system: You are a helpful assistant.
user:
Analyze the provided spectrum to determine if it is a **"Cataclysmic Variables (CV)"**.

- **Key Indicators for CV (Check for either state):**
    - **State 1: Quiescent / Low-State (Emission-Dominated)**
        - **(Primary):** Strong and *very broad* Hydrogen Balmer emission lines (e.g., $H\alpha$ at 6563 Å, $H\beta$ at 4861 Å). The 'broadness' (high velocity dispersion, often FWHM > 1000 km/s) is the key diagnostic, indicating a high-velocity accretion disk.
        - **(Secondary):** Broad neutral Helium (He I) emission lines (e.g., 5876 Å, 6678 Å).
        - **(Key Confirmation):** Presence of high-excitation *ionized* Helium (He II) emission at 4686 Å. This is a strong indicator of accretion onto a white dwarf.
        - **(Line Profile):** Emission lines may exhibit a 'double-peaked' profile, which is a classic signature of a rotating accretion disk viewed at high inclination.

    - **State 2: Outburst / High-State (Absorption-Dominated)**
        - **(Primary):** Spectrum is dominated by a bright, blue continuum (looks like a hot star).
        - **(Secondary):** The emission lines from State 1 are weak, absent, or 'filled in', and are replaced by broad, shallow *absorption* lines (primarily Balmer and He I).
        - **(Morphology):** The overall spectrum mimics a hot B/A-type star. The crucial difference is that the absorption lines are significantly broader, shallower, and more 'washed-out' (or 'smeared') than the sharp lines of a normal stellar photosphere, due to high rotational speeds and pressure broadening in the disk.

Think first, call **spectral_visualization_tool** if needed to examine features in detail, then provide your final answer. Your response must adhere to the following strict rules:
1.  **Overall Structure:** Your response must follow the format `<think>...</think> <tool_call>...</tool_call> (if a tool is used) <answer>...</answer>`.
2.  **Tool Usage Constraint:** You may only make **one** tool call per turn.
3.  **Final Answer Format:** In the `<answer>` tag, your conclusion must be inside a `\boxed{}` command (e.g., `\boxed{YES}`), followed by your justification.

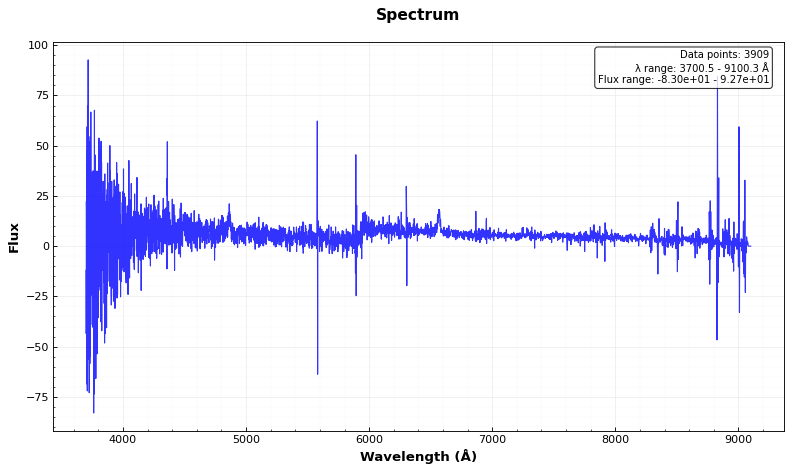
Answer: YES